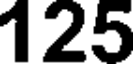
125